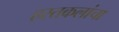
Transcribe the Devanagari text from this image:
हस्तकलांचा